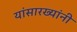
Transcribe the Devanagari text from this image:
यांसारख्यांनी